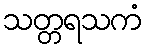
သတ္တရသကံ